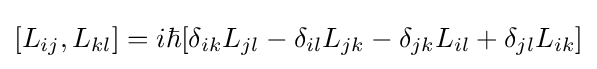
[L_{ij},L_{kl}]=i\hbar [\delta _{ik}L_{jl}-\delta _{il}L_{jk}-\delta _{jk}L_{il}+\delta _{jl}L_{ik}]